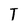
Character: T